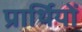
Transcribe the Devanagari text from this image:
प्रार्थियों